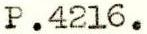
P.4216.